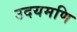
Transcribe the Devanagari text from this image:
उदयमणि